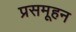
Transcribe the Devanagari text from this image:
प्रसमूहन